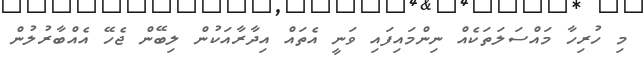
މި ހުރިހާ މައްސަލަތަކެއް ނިންމައިފައި ވަނީ އެތައް އިދާރާއަކުން ލިބޭން ޖެހޭ އެއްބާރުލުން